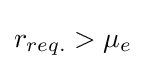
{\textstyle r_{req.}>\mu _{e}}